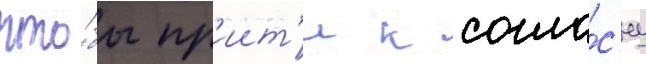
что́бы пр'иит'и к согла́с'иу